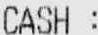
CASH :